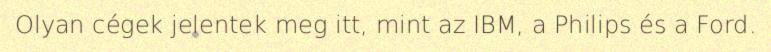
Olyan cégek jelentek meg itt, mint az IBM, a Philips és a Ford.